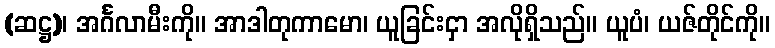
(ဆဋ္ဌ)၊ အင်္ဂလာမီးကို။ အာဒါတုကာမော၊ ယူခြင်းငှာ အလိုရှိသည်။ ယူပံ၊ ယဇ်တိုင်ကို။